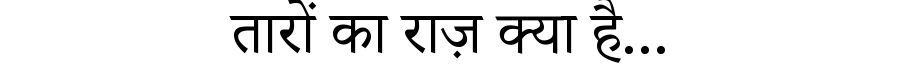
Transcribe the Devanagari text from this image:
तारों का राज़ क्या है...